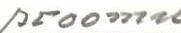
proomu